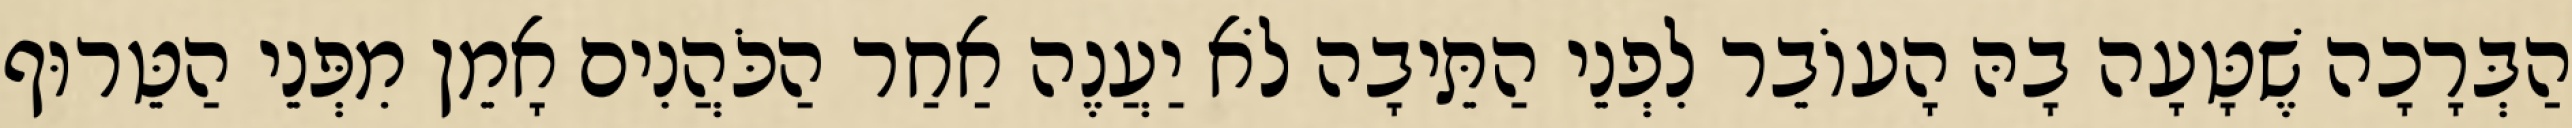
הַבְּרָכָה שֶׁטָּעָה בָהּ הָעוֹבֵר לִפְנֵי הַתֵּיבָה לֹא יַעֲנֶה אַחַר הַכֹּהֲנִים אָמֵן מִפְּנֵי הַטֵּרוּף